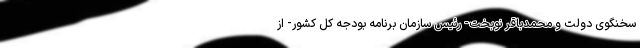
سخنگوی دولت و محمدباقر نوبخت- رئیس سازمان برنامه بودجه کل کشور- از